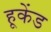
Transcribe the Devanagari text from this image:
हूकेंड